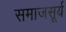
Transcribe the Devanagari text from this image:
समाजसूर्य